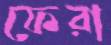
ফেরা